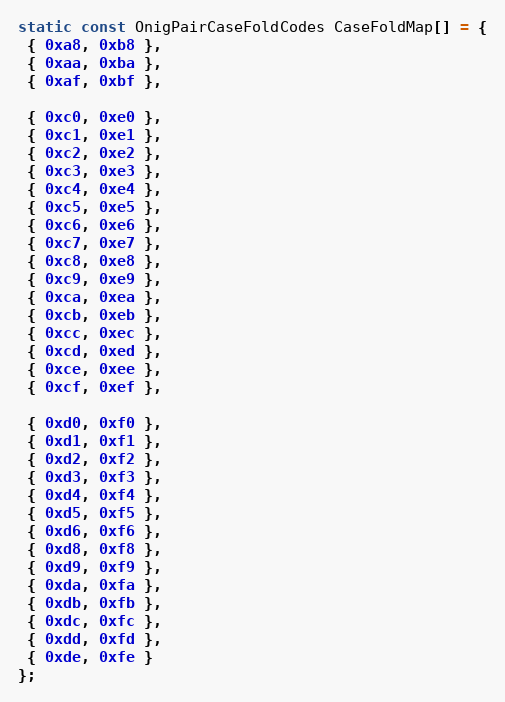
Language: C
static const OnigPairCaseFoldCodes CaseFoldMap[] = {
 { 0xa8, 0xb8 },
 { 0xaa, 0xba },
 { 0xaf, 0xbf },

 { 0xc0, 0xe0 },
 { 0xc1, 0xe1 },
 { 0xc2, 0xe2 },
 { 0xc3, 0xe3 },
 { 0xc4, 0xe4 },
 { 0xc5, 0xe5 },
 { 0xc6, 0xe6 },
 { 0xc7, 0xe7 },
 { 0xc8, 0xe8 },
 { 0xc9, 0xe9 },
 { 0xca, 0xea },
 { 0xcb, 0xeb },
 { 0xcc, 0xec },
 { 0xcd, 0xed },
 { 0xce, 0xee },
 { 0xcf, 0xef },

 { 0xd0, 0xf0 },
 { 0xd1, 0xf1 },
 { 0xd2, 0xf2 },
 { 0xd3, 0xf3 },
 { 0xd4, 0xf4 },
 { 0xd5, 0xf5 },
 { 0xd6, 0xf6 },
 { 0xd8, 0xf8 },
 { 0xd9, 0xf9 },
 { 0xda, 0xfa },
 { 0xdb, 0xfb },
 { 0xdc, 0xfc },
 { 0xdd, 0xfd },
 { 0xde, 0xfe }
};